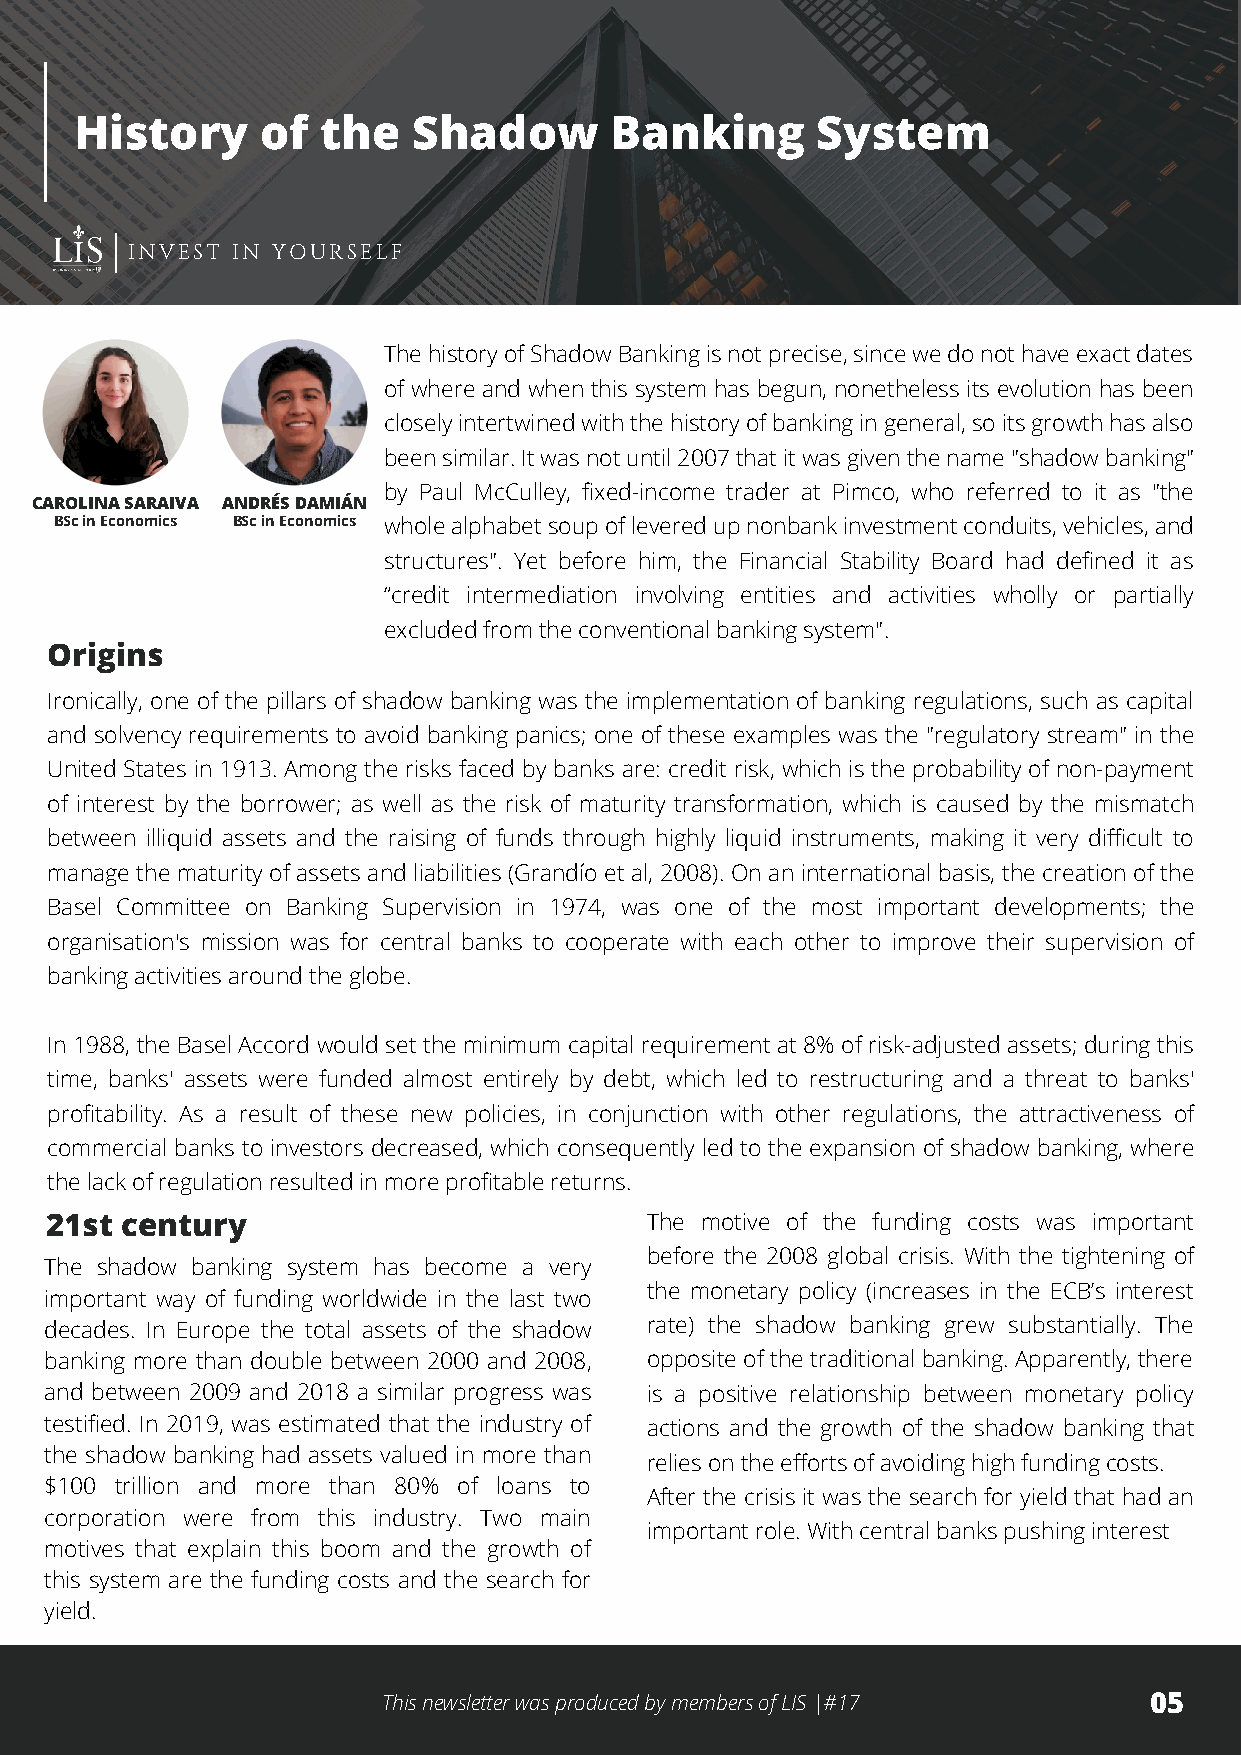
History     of  the   Shadow       Banking       System
 INVEST IN YOURSELF
 The history of Shadow Banking is not precise, since we do not have exact dates
 of where and when this system has begun, nonetheless its evolution has been
 closely intertwined with the history of banking in general, so its growth has also
 been similar. It was not until 2007 that it was given the name "shadow banking"
 by Paul McCulley, fixed-income trader at Pimco, who referred to it as "the
 CAROLINA SARAIVA ANDRÉS DAMIÁN
 BSc in Economics BSc in Economics whole alphabet soup of levered up nonbank investment conduits, vehicles, and
 structures". Yet before him, the Financial Stability Board had defined it as
 “credit intermediation involving entities and activities wholly or partially
 excluded from the conventional banking system".
 Origins
 Ironically, one of the pillars of shadow banking was the implementation of banking regulations, such as capital
 and solvency requirements to avoid banking panics; one of these examples was the "regulatory stream" in the
 United States in 1913. Among the risks faced by banks are: credit risk, which is the probability of non-payment
 of interest by the borrower; as well as the risk of maturity transformation, which is caused by the mismatch
 between illiquid assets and the raising of funds through highly liquid instruments, making it very difficult to
 manage the maturity of assets and liabilities (Grandío et al, 2008). On an international basis, the creation of the
 Basel Committee on Banking Supervision in 1974, was one of the most important developments; the
 organisation's mission was for central banks to cooperate with each other to improve their supervision of
 banking activities around the globe.
 In 1988, the Basel Accord would set the minimum capital requirement at 8% of risk-adjusted assets; during this
 time, banks' assets were funded almost entirely by debt, which led to restructuring and a threat to banks'
 profitability. As a result of these new policies, in conjunction with other regulations, the attractiveness of
 commercial banks to investors decreased, which consequently led to the expansion of shadow banking, where
 the lack of regulation resulted in more profitable returns.
 21st century                            The motive of the funding costs was important
 before the 2008 global crisis. With the tightening of
 The shadow banking system has become a very
 the monetary policy (increases in the ECB’s interest
 important way of funding worldwide in the last two
 decades. In Europe the total assets of the shadow rate) the shadow banking grew substantially. The
 banking more than double between 2000 and 2008, opposite of the traditional banking. Apparently, there
 and between 2009 and 2018 a similar progress was is a positive relationship between monetary policy
 testified. In 2019, was estimated that the industry of actions and the growth of the shadow banking that
 the shadow banking had assets valued in more than
 relies on the efforts of avoiding high funding costs.
 $100 trillion and more than 80% of loans to
 After the crisis it was the search for yield that had an
 corporation were from this industry. Two main
 important role. With central banks pushing interest
 motives that explain this boom and the growth of
 this system are the funding costs and the search for
 yield.
 This newsletter was produced by members of LIS |#17 05